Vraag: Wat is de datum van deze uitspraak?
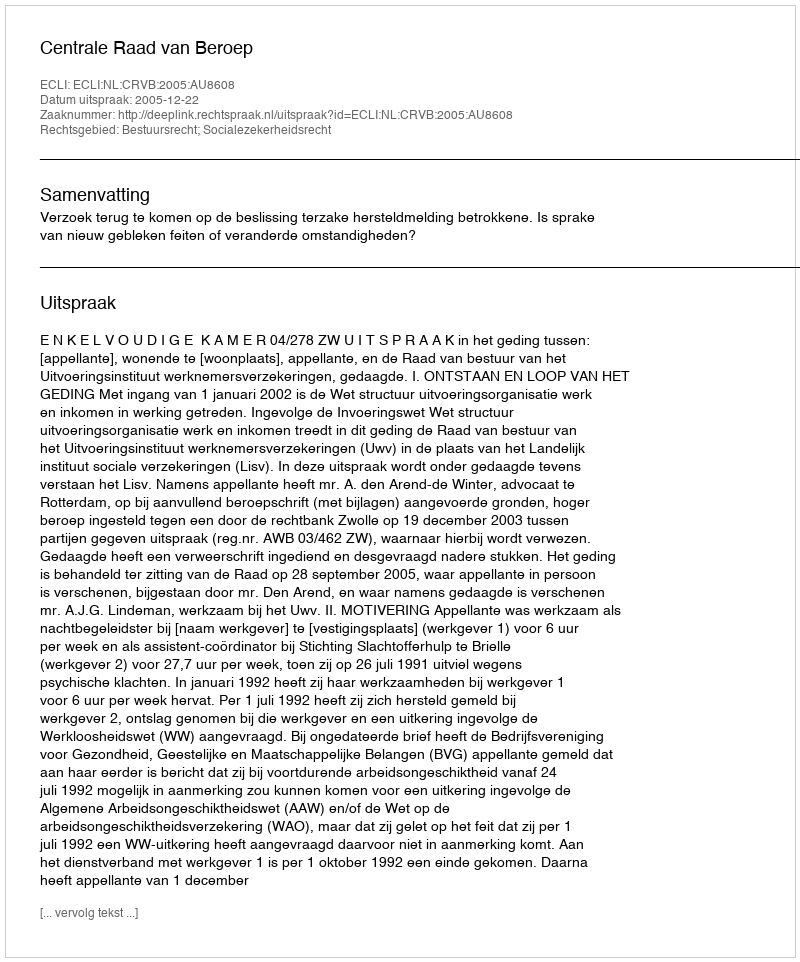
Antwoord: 2005-12-22